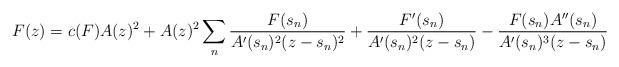
LaTeX: \begin{align*} F(z)=c(F)A(z)^2+A(z)^2 \sum_n\frac{F(s_n)}{A'(s_n)^2(z-s_n)^2}+ \frac{F'(s_n)}{A'(s_n)^2(z-s_n)}-\frac{F(s_n)A''(s_n)}{A'(s_n)^3(z-s_n)} \end{align*}